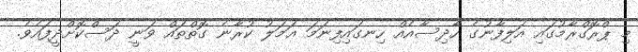
މި ޕްރޮގްރާމުގައި އަލިފާނުގެ ހާދިސާއެއް ހިނގައިފިނަމަ ޢަމަލު ކުރާނެ ގޮތްތައް ވަނީ ދަސްކޮށްދީފައެވެ.